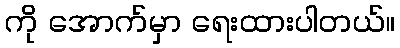
ကို အောက်မှာ ရေးထားပါတယ်။